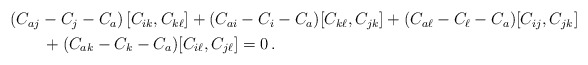
\begin{align*}\begin{aligned}&(C_{aj}-C_j-C_a)\,[C_{ik},C_{k\ell}] +(C_{ai}-C_i-C_a)[C_{k\ell},C_{jk}] +(C_{a\ell}-C_\ell-C_a) [C_{ij},C_{jk}] \\& \qquad+(C_{ak}-C_k-C_a)[C_{i\ell},C_{j\ell}] =0\,.\end{aligned}\end{align*}